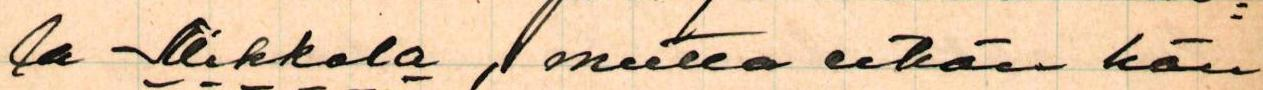
la Mikkola, mutta eihän hän